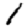
Digit: 1